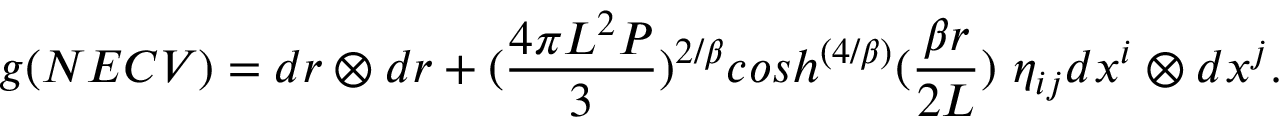
g ( N E C V ) = d r \otimes d r + ( { \frac { 4 \pi L ^ { 2 } P } { 3 } } ) ^ { 2 / \beta } c o s h ^ { \left( { 4 / \beta } \right) } ( { \frac { \beta r } { 2 L } } ) \, \, \eta _ { i j } d x ^ { i } \otimes d x ^ { j } .